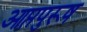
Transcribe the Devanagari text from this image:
आप्तपुरूष